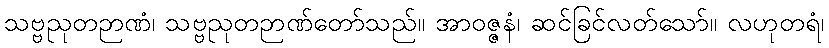
သဗ္ဗညုတဉာဏံ၊ သဗ္ဗညုတဉာဏ်တော်သည်။ အာဝဇ္ဇနံ၊ ဆင်ခြင်လတ်သော်။ လဟုတရံ၊